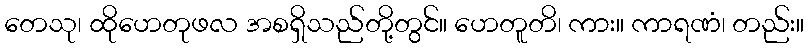
တေသု၊ ထိုဟေတုဖလ အစရှိသည်တို့တွင်။ ဟေတူတိ၊ ကား။ ကာရဏံ၊ တည်း။